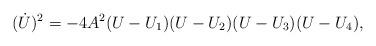
LaTeX: \begin{align*}(\dot U)^2=-4A^2(U-U_1)(U-U_2)(U-U_3)(U-U_4),\end{align*}